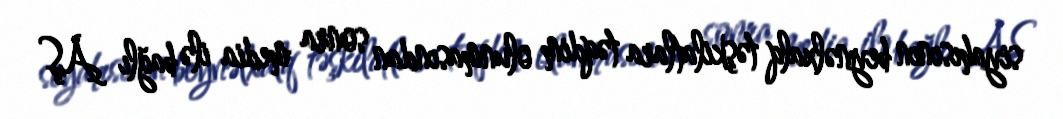
siyahısının beynəlxalq təşkilatlara təqdim olunmasından sonra media ilə bağlı AŞ